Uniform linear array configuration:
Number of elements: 12
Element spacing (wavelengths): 0.75
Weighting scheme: cosine
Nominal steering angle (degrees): -45
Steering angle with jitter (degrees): -44.325
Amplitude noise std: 0.05
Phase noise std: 0.05

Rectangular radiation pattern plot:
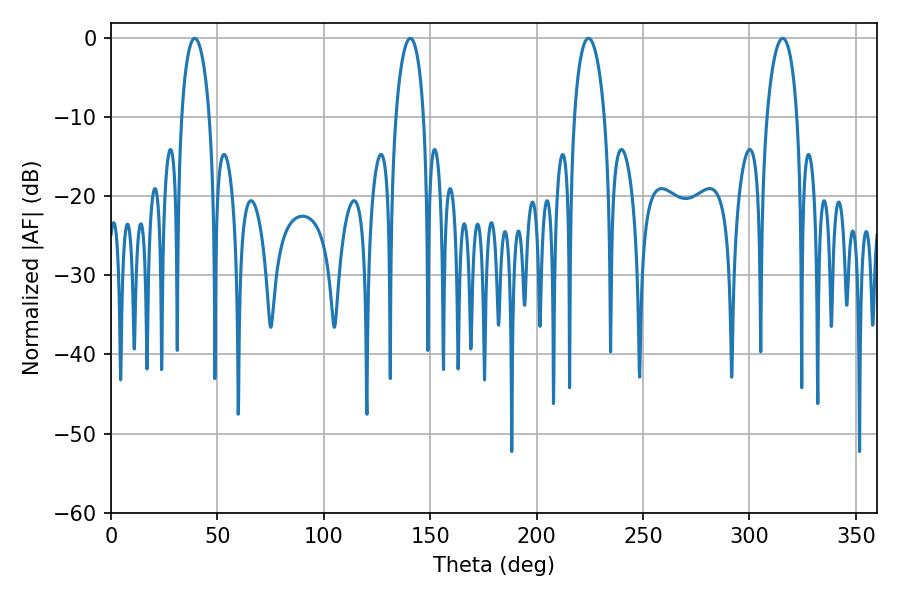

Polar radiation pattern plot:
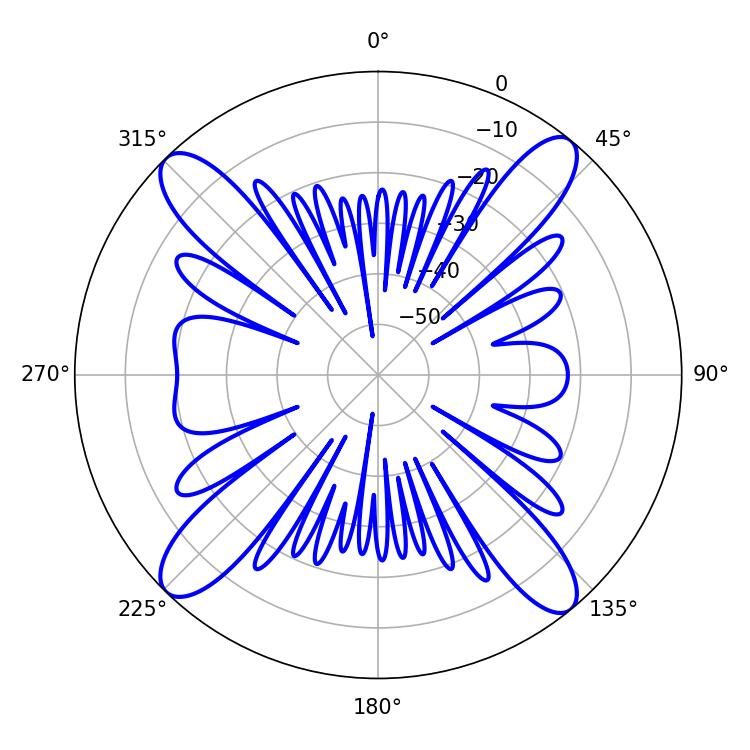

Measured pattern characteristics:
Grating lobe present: TRUE
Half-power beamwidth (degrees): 7.56
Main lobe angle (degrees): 39.42